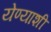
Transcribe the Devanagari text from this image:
येण्याशी